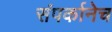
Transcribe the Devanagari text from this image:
संपर्कानेच